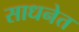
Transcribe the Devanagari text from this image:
साधनेत